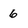
Character: 6